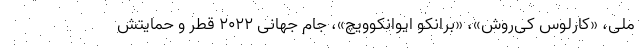
ملی، «کارلوس کی‌روش»، «برانکو ایوانکوویچ»، جام جهانی ۲۰۲۲ قطر و حمایتش